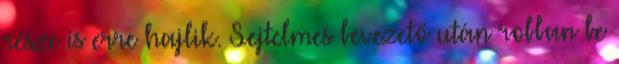
része is erre hajlik. Sejtelmes bevezető után robban be